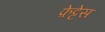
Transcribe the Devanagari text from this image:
फ़ेट्टेस